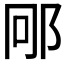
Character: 𮟱